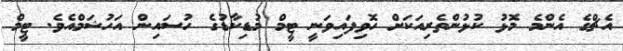
އެޗްގެ އެންމެ މޮޅު ކުޅުންތެރިއަކަށް ހޮވިފައިވަނީ ޓީމް މުޑިކާޑުގެ ހުސައިން އަހުޝަމްއެވެ. ޓީމް